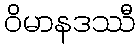
ဝိမာနဒဿီ